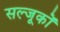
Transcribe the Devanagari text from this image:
सल्जूकों